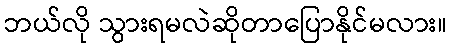
ဘယ်လို သွားရမလဲဆိုတာပြောနိုင်မလား။